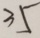
3 5